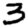
Digit: 3